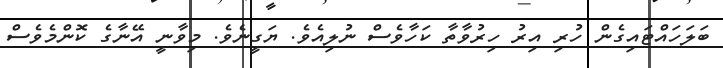
ބަލަހައްޓައިގެން ހުރި އިރު ހިރުވާތާ ކަހާވެސް ނުލިއެވެ. ޔަގީނެވެ. މިވާނީ އޭނާގެ ކޮންމެވެސް